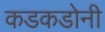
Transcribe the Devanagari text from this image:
कडकडोनी